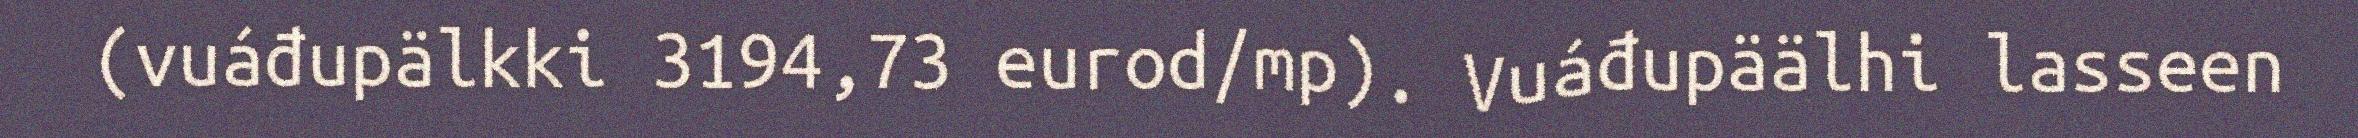
(vuáđupälkki 3194,73 eurod/mp). Vuáđupäälhi lasseen